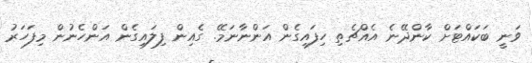
ވަނީ ބަކައްޓަށް ކާންދޭނެ އެއްޗެތި ހިފައިގެން އަންނާނަމޭ. ގެއިން ފިލައިގެން އަންހެނުން މިފަހަރު